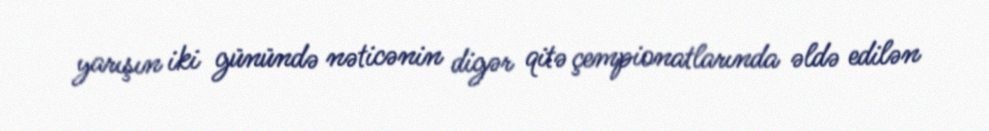
yarışın iki günündə nəticənin digər qitə çempionatlarında əldə edilən